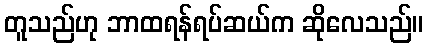
တူသည်ဟု ဘာထရန်ရပ်ဆယ်က ဆိုလေသည်။